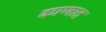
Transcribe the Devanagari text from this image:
काणाद